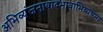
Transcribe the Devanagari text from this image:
अभिव्यंजनावादभावाभिव्यन्जना